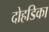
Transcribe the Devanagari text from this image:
दोहडिका